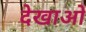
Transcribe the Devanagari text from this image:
देखाओं